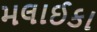
મલાઈકા